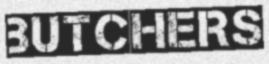
BUTCHERS